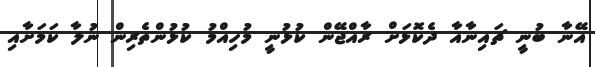
އޭނާ ބުނީ ޗައިނާއާ ދެކޮޮޅަށް ރާއްޖޭން ކުޅުނީ މުހިއްމު ކުޅުންތެރިން ނުލާ ކަމަށާއި